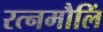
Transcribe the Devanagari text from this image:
रत्नमौलिं